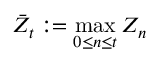
\bar { Z } _ { t } : = \operatorname* { m a x } _ { 0 \leq n \leq t } Z _ { n }